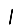
Digit: 1